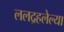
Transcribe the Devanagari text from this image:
ललद्रहलेल्या